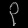
Digit: ၃